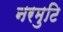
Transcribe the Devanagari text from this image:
नरमुटि